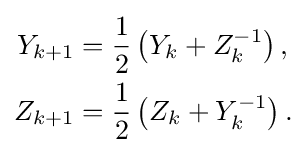
{\begin{aligned}Y_{k+1}&={\frac {1}{2}}\left(Y_{k}+Z_{k}^{-1}\right),\\Z_{k+1}&={\frac {1}{2}}\left(Z_{k}+Y_{k}^{-1}\right).\end{aligned}}